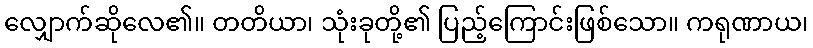
လျှောက်ဆိုလေ၏။ တတိယာ၊ သုံးခုတို့၏ ပြည့်ကြောင်းဖြစ်သော။ ကရုဏာယ၊